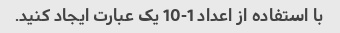
با استفاده از اعداد 1-10 یک عبارت ایجاد کنید.